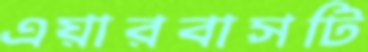
এয়ারবাসটি